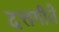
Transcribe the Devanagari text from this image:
दत्तगीते